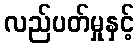
လည်ပတ်မှုနှင့်